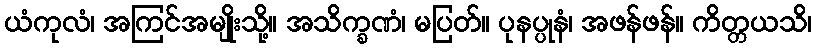
ယံကုလံ၊ အကြင်အမျိုးသို့။ အသိက္ခဏံ၊ မပြတ်။ ပုနပ္ပုနံ၊ အဖန်ဖန်။ ကိတ္တယသိ၊